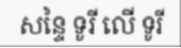
សន្ទៃ ទូរី លើ ទូរី